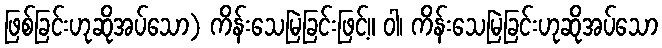
ဖြစ်ခြင်းဟုဆိုအပ်သော) ကိန်းသေမြဲခြင်းဖြင့်။ ဝါ၊ ကိန်းသေမြဲခြင်းဟုဆိုအပ်သော